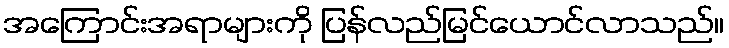
အကြောင်းအရာများကို ပြန်လည်မြင်ယောင်လာသည်။